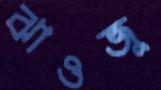
ঝাওজু